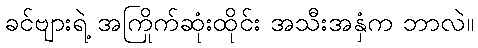
ခင်ဗျားရဲ့ အကြိုက်ဆုံးထိုင်း အသီးအနှံက ဘာလဲ။